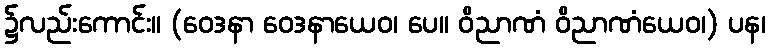
၌လည်းကောင်း။ (ဝေဒနာ ဝေဒနာယေဝ၊ ပေ။ ဝိညာဏံ ဝိညာဏံယေဝ၊) ပန၊